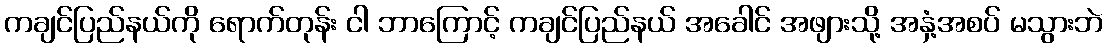
ကချင်ပြည်နယ်ကို ရောက်တုန်း ငါ ဘာကြောင့် ကချင်ပြည်နယ် အခေါင် အဖျားသို့ အနှံ့အစပ် မသွားဘဲ